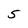
Character: 5